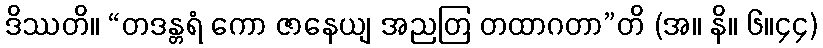
ဒိဿတိ။ “တဒန္တရံ ကော ဇာနေယျ အညတြ တထာဂတာ”တိ (အ။ နိ။ ၆။၄၄)